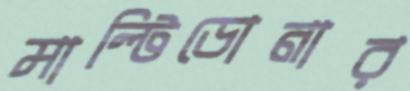
মাল্টিডোনার